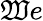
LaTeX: \mathfrak{W}e